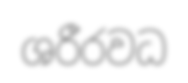
ශරීරවධ